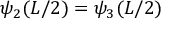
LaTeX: \psi _ { 2 } ( L / 2 ) = \psi _ { 3 } ( L / 2 ) \,